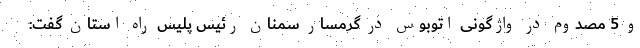
و 5 مصدوم در واژگونی اتوبوس در گرمسار سمنان رئیس پلیس راه استان گفت: